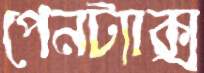
পেনট্যাক্স